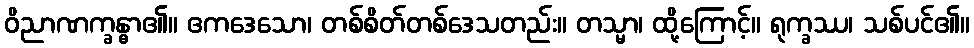
ဝိညာဏက္ခန္ဓာ၏။ ဧကဒေသော၊ တစ်စိတ်တစ်ဒေသတည်း။ တသ္မာ၊ ထို့ကြောင့်။ ရုက္ခဿ၊ သစ်ပင်၏။